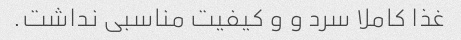
غذا کاملا سرد و و کیفیت مناسبی نداشت.